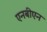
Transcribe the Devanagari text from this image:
एनबीएन